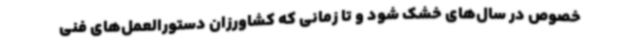
خصوص در سال‌های خشک شود و تا زمانی که کشاورزان دستورالعمل‌های فنی